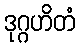
ဒုဂ္ဂဟိတံ